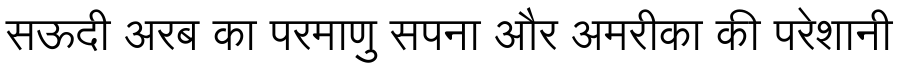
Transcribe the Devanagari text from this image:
सऊदी अरब का परमाणु सपना और अमरीका की परेशानी